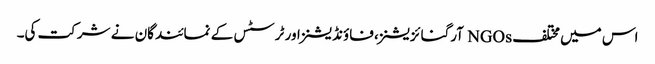
اس میں مختلف NGOs آرگنائزیشنز، فاؤنڈیشنز اور ٹرسٹس کے نمائندگان نے شرکت کی۔